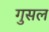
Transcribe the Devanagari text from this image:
गुसल